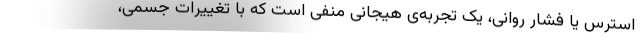
استرس یا فشار روانی، یک تجربه‌ی هیجانی منفی است که با تغییرات جسمی،